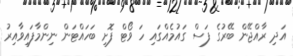
އަދި ރާއްޖޭން ބޭރުގެ ފަސް ގައުމެއްގައި ހަ ވޯޓް ފޮށި ބަހައްޓަން ނިންމާފައިވާއިރު